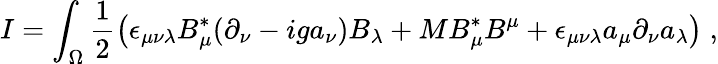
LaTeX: I=\int_{\Omega}\frac{1}{2}\left(\epsilon_{\mu\nu\lambda}B_{\mu}^{*}(\partial_{\nu}-iga_{\nu})B_{\lambda}+MB_{\mu}^{*}B^{\mu}+\epsilon_{\mu\nu\lambda}a_{\mu}\partial_{\nu}a_{\lambda}\right)\; ,